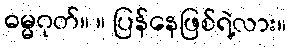
ဓမ္မဂုတ်။ ။ ပြန်နေဖြစ်ရဲ့လား။